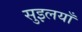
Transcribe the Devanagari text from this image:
सुइलयाँ